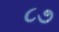
૮૭